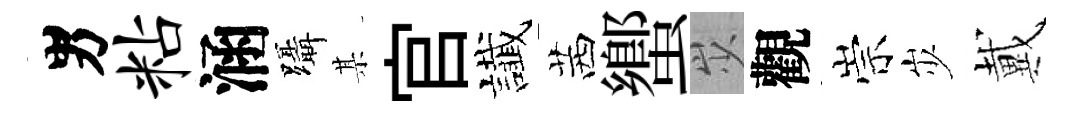
男粘涵躡某官䜟茜蠁𡵯觀崇𡵯戴